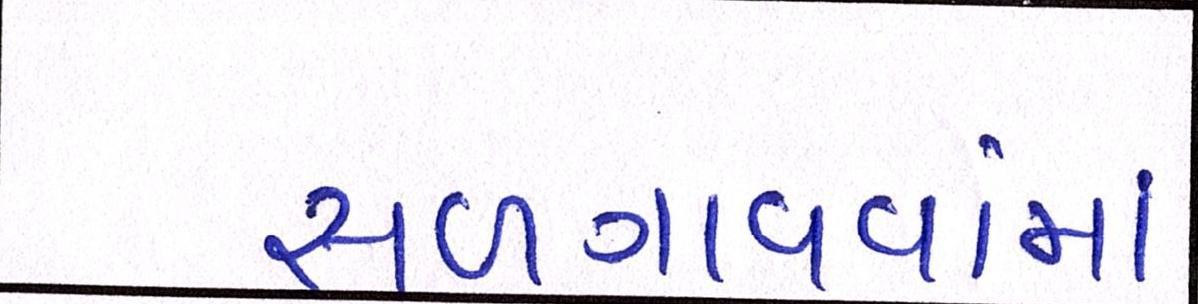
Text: સળગાવવામાં